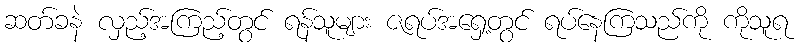
ဆတ်ခနဲ လှည့်အကြည့်တွင် ရန်သူများ ဇရပ်အရှေ့တွင် ရပ်နေကြသည်ကို ကိုသူရ